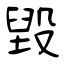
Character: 毀